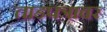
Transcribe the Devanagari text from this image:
ताडपत्रावर